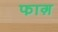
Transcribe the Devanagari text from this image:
फाग़